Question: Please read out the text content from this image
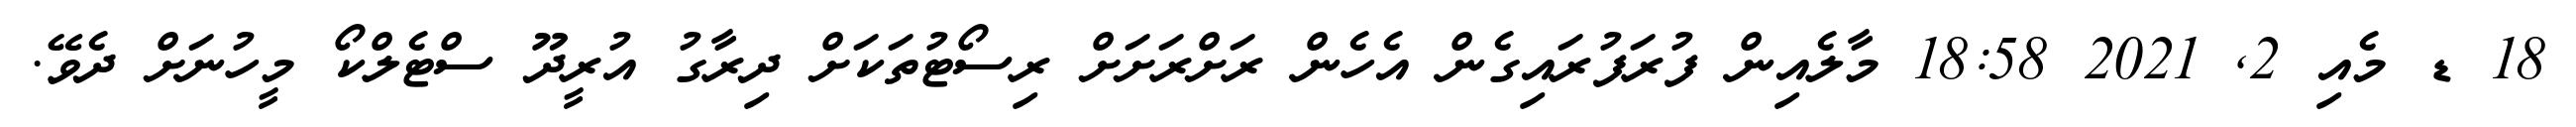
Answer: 18 ޑ މެއި 2, 2021 18:58 މާލެއިން ފުރަފުރައިގެން އެހެން ރަށްރަށަށް ރިސޯޓުތަކަށް ދިރާގު އުރީދޫ ސްޓެލްކޯ މީހުނަށް ދެވޭ.